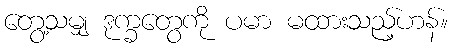
တွေ့သမျှ ဒုက္ခတွေကို ပမာ မထားသည့်ဟန်။